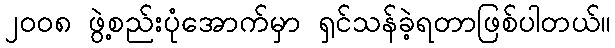
၂၀၀၈ ဖွဲ့စည်းပုံအောက်မှာ ရှင်သန်ခဲ့ရတာဖြစ်ပါတယ်။